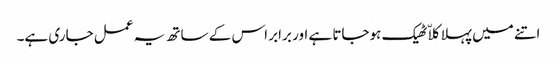
اتنے میں پہلا کلاّ ٹھیک ہوجاتا ہے اور برابر اس کے ساتھ یہ عمل جاری ہے۔